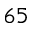
^ { 6 5 }